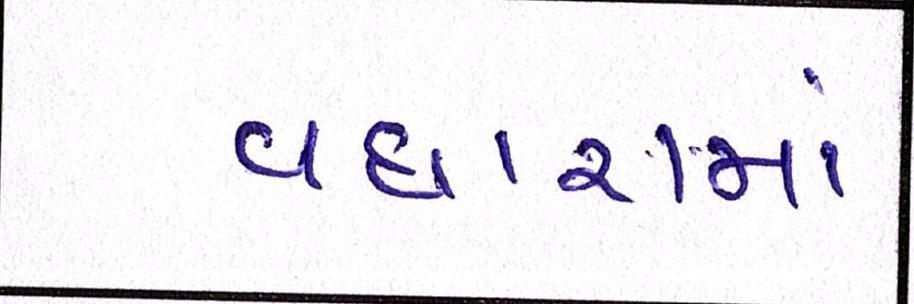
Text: વધારામાં